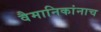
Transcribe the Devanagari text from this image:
वैमानिकांनाच